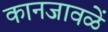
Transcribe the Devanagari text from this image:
कानजावळें